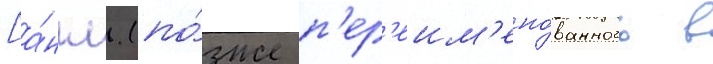
[а́нгл. (по́зже п'ер'еим'ено́ванного в